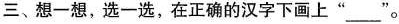
三、想一想，选一选，在正确的汉字下画上”___”。